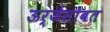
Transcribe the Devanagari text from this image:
ऊर्जेसोबत